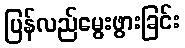
ပြန်လည်မွေးဖွားခြင်း